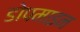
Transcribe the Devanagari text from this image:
डोपमाइन